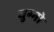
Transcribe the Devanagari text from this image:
युग्मो